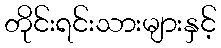
တိုင်းရင်းသားများနှင့်